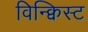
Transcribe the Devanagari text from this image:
विन्क्विस्ट